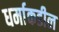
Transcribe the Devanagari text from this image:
धर्माकडील